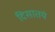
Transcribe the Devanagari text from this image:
दिसातयं